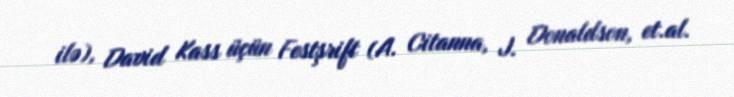
ilə), David Kass üçün Festşrift (A. Citanna, J. Donaldson, et.al.